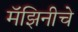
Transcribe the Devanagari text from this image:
मॅझिनीचे